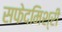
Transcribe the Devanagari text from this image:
सफेदमिश्री